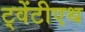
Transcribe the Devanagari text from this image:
ट्वेंटीएथ